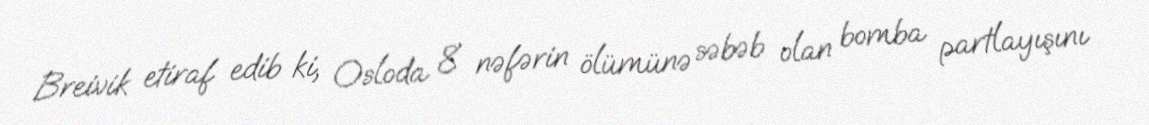
Breivik etiraf edib ki, Osloda 8 nəfərin ölümünə səbəb olan bomba partlayışını